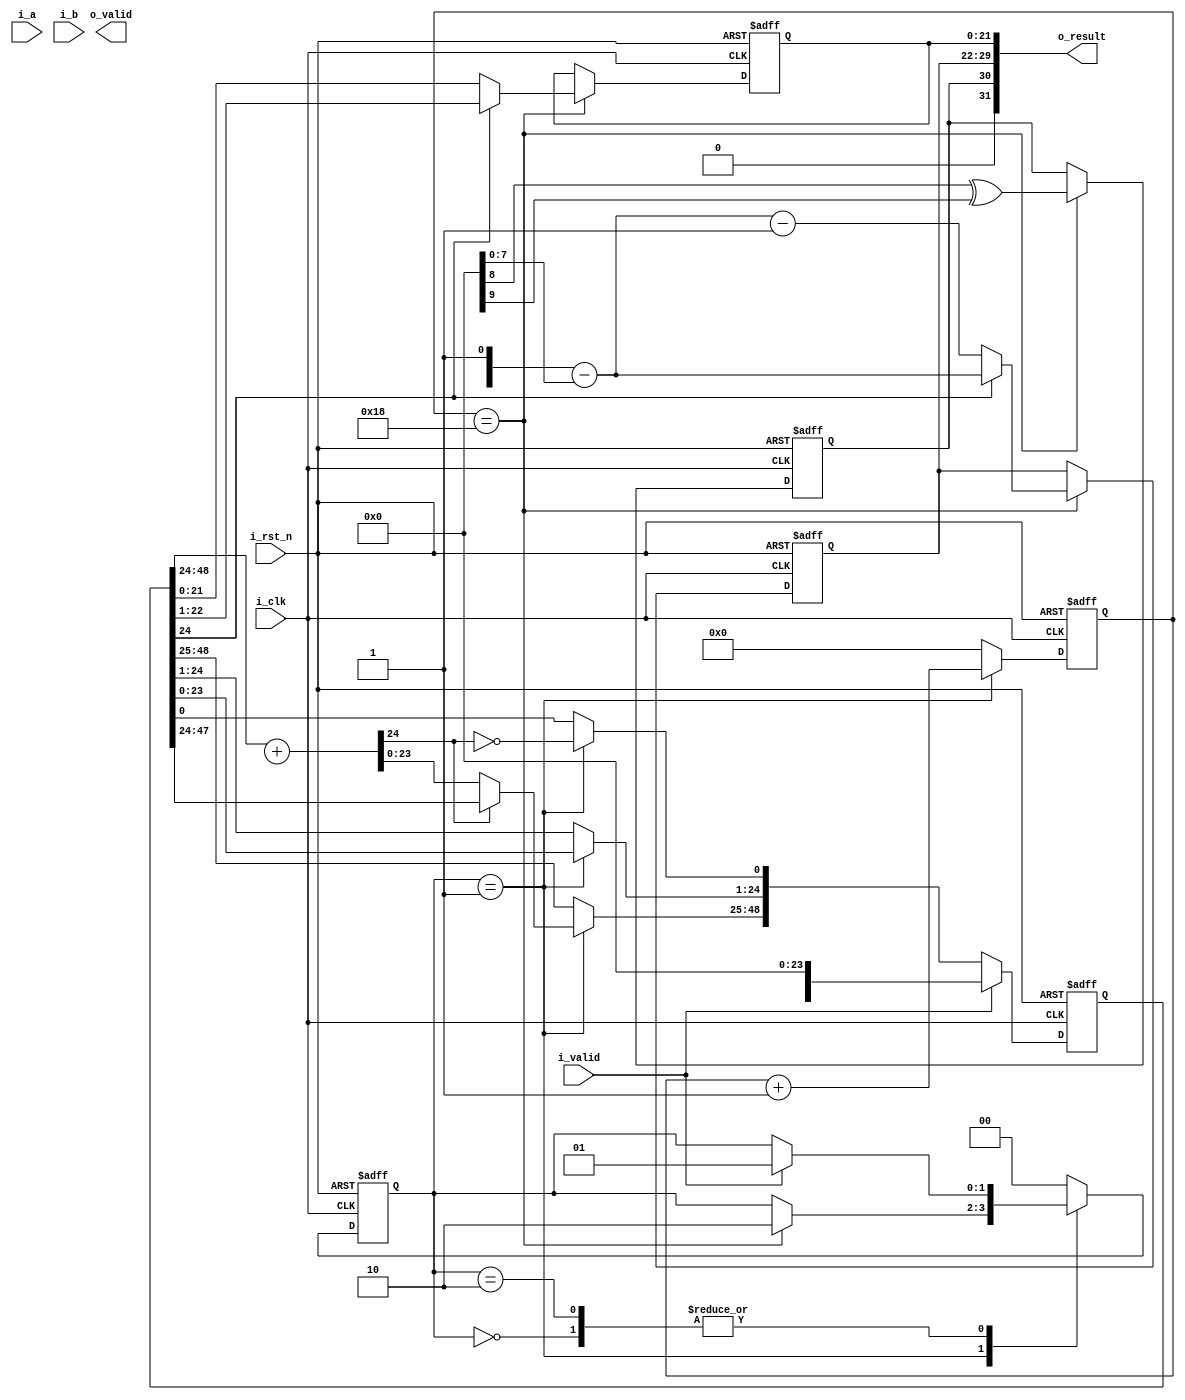
// -----------------------------------------------------------------------------
// floating point division module
// -----------------------------------------------------------------------------

module fp_div (
    input  i_rst_n,
    input  i_clk,
    input  i_valid,
    output o_valid,

    input  signed [31:0] i_a,
    input  signed [31:0] i_b,
    output signed [31:0] o_result
);

parameter IDLE = 0;
parameter CALC = 1;
parameter DONE = 2;

// wires & registers -------------------------------------------------
// FP decoding
wire        a_sign, b_sign;
wire [7:0]  a_exp , b_exp;
wire [22:0] a_frac, b_frac;

// control signals
reg  [1:0] state, next_state;
reg  [4:0] count, next_count;
wire last_cycle;

// fraction multiplication signals
wire        [24:0] sub_in_a;
wire        [23:0] sub_in_b;
wire signed [24:0] sub_out;
reg  [48:0] shift_reg, next_shift_reg; // 24 + 25 bits

// output
reg  out_sign, next_out_sign;
wire [7:0]  exp_diff;
reg  [7:0]  out_exp, next_out_exp;
reg  [21:0] out_frac, next_out_frac;
reg  [31:0] result, next_result;

// wire assignments --------------------------------------------------
// last cycle signal
assign last_cycle = (count == 24); // one extra cycle

// adder
assign sub_in_a = shift_reg[48:24];
assign sub_in_b = {1'b1, b_frac};
assign sub_out = sub_in_a + sub_in_b;

// exponent
assign exp_diff = a_exp - b_exp; // note: exp_diff has same bit width

assign o_vaild = (state == DONE);
assign o_result = {out_sign, out_exp, out_frac};

// combinational always block ----------------------------------------
always @(*) begin
    // next control signals
    case (state)
        IDLE: begin
            if (i_valid) begin
                next_state = CALC;
            end
            else begin
                next_state = state;
            end
            next_count = 0;
        end
        CALC: begin
            if (last_cycle) begin
                next_state = DONE;
            end
            else begin
                next_state = state;
            end
            next_count = count + 1;
        end
        DONE: begin
            if (i_valid) begin
                next_state = CALC;
            end
            else begin
                next_state = state;
            end
            next_count = 0;
        end
        default: begin
            next_state = IDLE;
            next_count = 0;
        end
    endcase

    // next shift register
    if (i_valid) begin
        next_shift_reg = {1'b0, 1'b1, a_frac, 24'd0};
    end
    else begin
        if (state == CALC) begin
            next_shift_reg[0] = ~sub_out[24]; // sub_out sign negation
            next_shift_reg[24:1] = shift_reg[23:0];
            if (sub_out[24]) begin // sub result is negative
                next_shift_reg[48:25] = shift_reg[47:24];
            end
            else begin // sub result is positive
                next_shift_reg[48:25] = sub_out[23:0];
            end
        end
        else begin
            next_shift_reg = shift_reg;
        end
    end

    // next output
    // result
    if (last_cycle) begin // output in the next cycle
        next_out_sign = a_sign ^ b_sign;
        if (shift_reg[24]) begin
            next_out_exp = exp_diff;
            next_out_frac = shift_reg[24:1];
        end
        else begin
            next_out_exp = exp_diff - 1;
            next_out_frac = shift_reg[23:0];
        end
    end
    else begin
        next_out_sign = out_sign;
        next_out_exp = out_exp;
        next_out_frac = out_frac;
    end
end

// sequential always block -------------------------------------------
always @(posedge i_clk or negedge i_rst_n) begin
    if (!i_rst_n) begin
         state <= IDLE;
         count <= 0;
         out_sign <= 0;
         out_exp <= 0;
         out_frac <= 0;
         shift_reg <= 0;
    end
    else begin
         state <= next_state;
         count <= next_count;
         out_sign <= next_out_sign;
         out_exp <= next_out_exp;
         out_frac <= next_out_frac;
         shift_reg <= next_shift_reg;
    end
end

endmodule